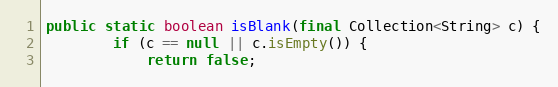
Language: Java
public static boolean isBlank(final Collection<String> c) {
        if (c == null || c.isEmpty()) {
            return false;